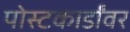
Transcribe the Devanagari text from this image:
पोस्टकार्डांवर